Annual administration report of the Civil Veterinary Department of India - 1899-1900
Year: 1899
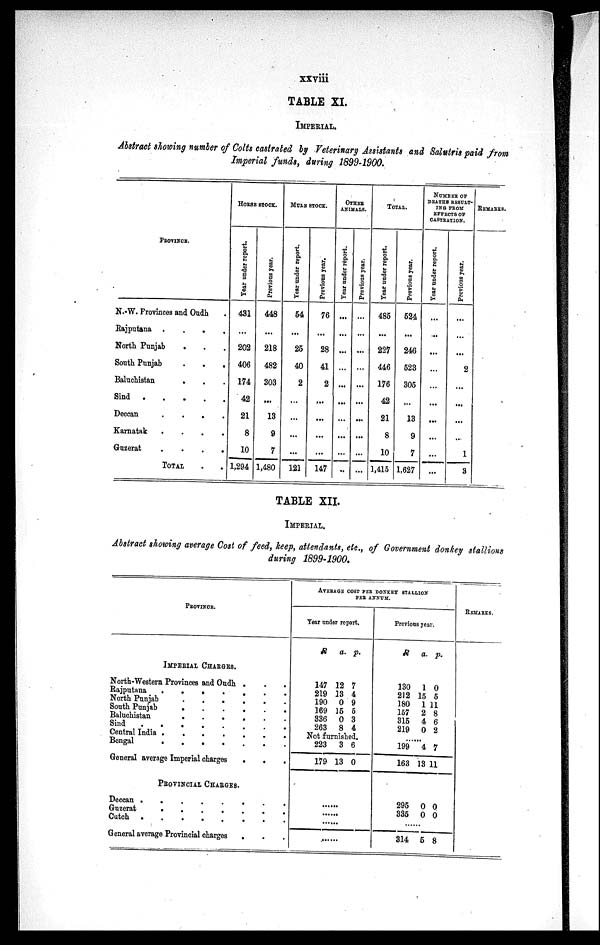
xxviii
TABLE XI.
IMPERIAL
Abstract showing number of Colts castrated by Veterinary Assistants and Salutris paid from
Imperial funds, during 1899-1900.
PROVINCE.
N.-W. Provinces and Oudh .
Rajputana .
.
.
.
North Punjab
. . .
South Punjab
.
.
.
Baluchistan
. . .
Sind
.
.
.
.
.
Deccan
.
.
.
.
Karnatak
.
.
.
.
Guzerat
.
.
.
.
TOTAL
HORSE STOCK.
Year under report.
431
...
202
406
174
42
21
8
10
1,294
Previous year.
448
...
218
482
303
...
13
0
7
1,480
MULE STOCK.
Year under report.
54
...
25
40
2
...
...
...
...
121
Previous year.
76
...
28
41
2
...
...
...
...
147
OTHER
ANIMALS.
Year under report.
...
...
...
...
...
...
...
...
...
..
Previous year.
...
...
...
...
...
...
...
...
...
...
TOTAL.
Year under report.
485
...
227
446
176
42
21
8
10
1,415
Previous year.
524
...
246
523
305
...
13
9
7
1,627
NUMBER OF
DEATHS RESULT-
ING FROM
EFFECTS OP
CASTRATION.
Year under report.
...
...
...
...
...
...
...
...
...
...
Previous year.
...
...
...
2
...
...
...
...
1
3
Remarks.
TABLE XII.
IMPERIAL.
Abstract showing average Cost of feed, keep, attendants, etc., of Government donkey stallions
during 1899-1900.
PROVINCE.
IMPERIAL CHARGES.
North-Western Provinces and Oudh .
.
.
Rajputana
.
.
.
.
.
.
.
North Punjab
South Punjab
Baluchistan
.
.
.
.
.
.
Sind
.
.
.
.
.
.
.
Central India
Bengal
General average Imperial charges
.
.
.
PROVINCIAL CHARGES.
Deccan
.
.
.
.
.
.
.
Guzerat
.
.
.
.
.
.
.
Cutch
.
.
.
.
.
.
.
.
General average Provincial charges
. . .
AVERAGE COST PER DONKEY STALLION
PER ANNUM.
Year under report.
R
147
219
190
169
336
263
a.
12
13
0
15
0
8
p.
7
4
9
5
3
4
Not furnished.
223
179
......
......
......
......
3
13
6
0
Previous year.
R
130
212
180
157
315
219
a.
1
15
1
2
4
0
p.
0
5
11
8
6
2
...
199
163
295
335
......
314
4
13
0
0
5
7
11
0
0
8
REMARKS.